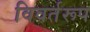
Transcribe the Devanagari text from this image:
विवर्तरूप